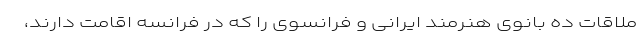
ملاقات ده بانوی هنرمند ایرانی و فرانسوی را که در فرانسه اقامت دارند،